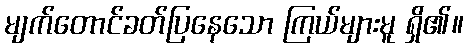
မျက်တောင်ခတ်ပြနေသော ကြယ်များမူ ရှိ၏။